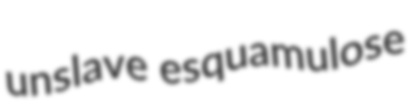
unslave esquamulose